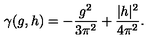
\gamma ( g , h ) = - \frac { g ^ { 2 } } { 3 \pi ^ { 2 } } + \frac { | h | ^ { 2 } } { 4 \pi ^ { 2 } } .